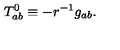
T _ { a b } ^ { 0 } \equiv - r ^ { - 1 } g _ { a b } .